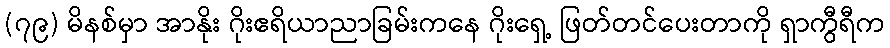
(၇၉) မိနစ်မှာ အာနိုး ဂိုးဧရိယာညာခြမ်းကနေ ဂိုးရှေ့ ဖြတ်တင်ပေးတာကို ရှာကွီရီက